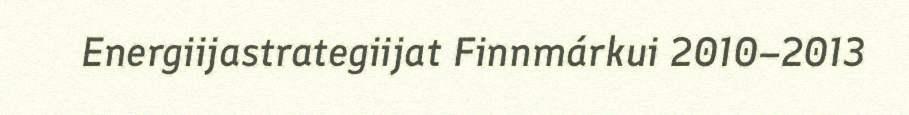
Energiijastrategiijat Finnmárkui 2010–2013